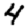
Digit: 4